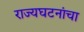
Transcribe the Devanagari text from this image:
राज्यघटनांचा